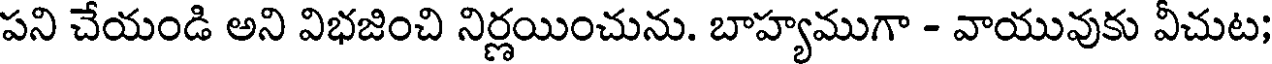
పని చేయండి అని విభజించి నిర్ణయించును. బాహ్యముగా - వాయువుకు వీచుట;